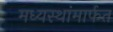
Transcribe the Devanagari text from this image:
मध्यस्थांमार्फत